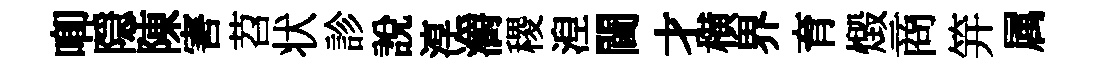
唧隠陳害苕状診說淳灂稷湼閫才横界育燬商笄属